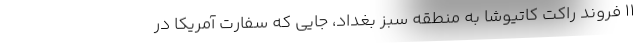
۱۱ فروند راکت کاتیوشا به منطقه سبز بغداد، جایی که سفارت آمریکا در